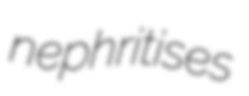
nephritises